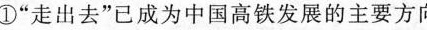
①”走出去”已成为中国高铁发展的主要方向